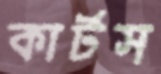
কার্টস